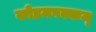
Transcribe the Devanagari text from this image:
कोडमपक्कम्